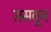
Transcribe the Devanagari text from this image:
समवून